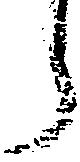
郎